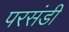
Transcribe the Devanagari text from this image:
परसंडी